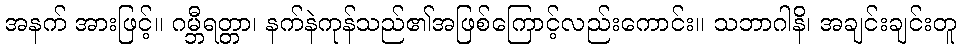
အနက် အားဖြင့်။ ဂမ္ဘီရတ္တာ၊ နက်နဲကုန်သည်၏အဖြစ်ကြောင့်လည်းကောင်း။ သဘာဂါနိ၊ အချင်းချင်းတူ